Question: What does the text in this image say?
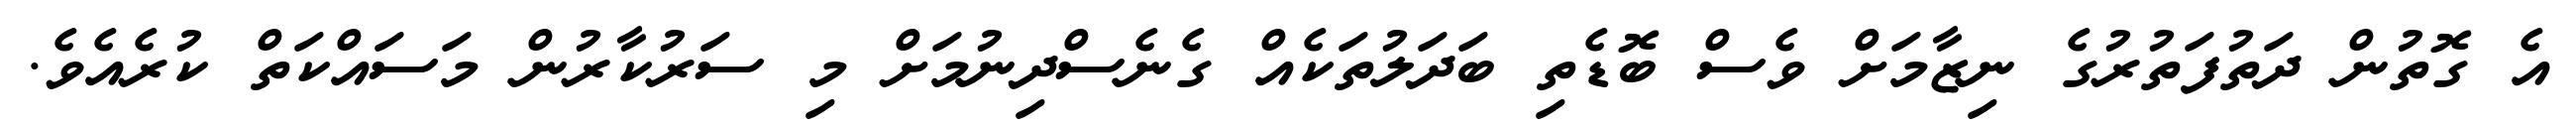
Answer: އެ ގޮތުން ދަތުފަތުރުގެ ނިޒާމަށް ވެސް ބޮޑެތި ބަދަލުތަކެއް ގެނެސްދިނުމަށް މި ސަރުކާރުން މަސައްކަތް ކުރެއެވެ.